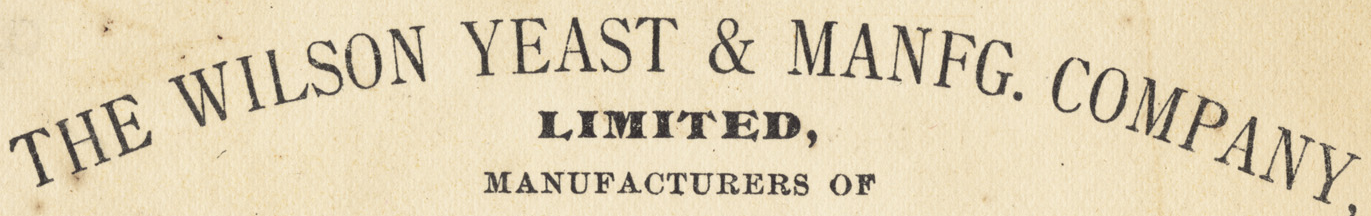
THE WILSON YEAST & MANFG. COMPANY